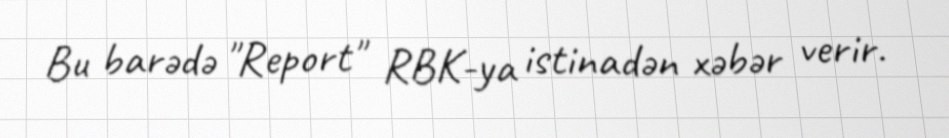
Bu barədə "Report" RBK-ya istinadən xəbər verir.